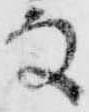
な